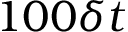
1 0 0 \delta t